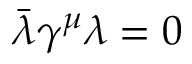
\bar { \lambda } \gamma ^ { \mu } \lambda = 0